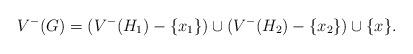
LaTeX: \begin{align*}V^{-}(G)=(V^{-}(H_{1})-\{x_{1}\})\cup (V^{-}(H_{2})-\{x_{2}\})\cup \{x\}.\end{align*}